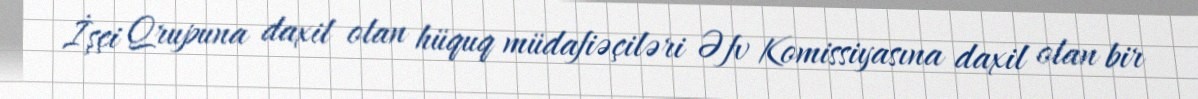
İşçi Qrupuna daxil olan hüquq müdafiəçiləri Əfv Komissiyasına daxil olan bir